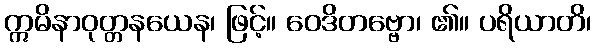
ဣမိနာဝုတ္တနယေန၊ ဖြင့်။ ဝေဒိတဗ္ဗော၊ ၏။ ပရိယာတိ၊